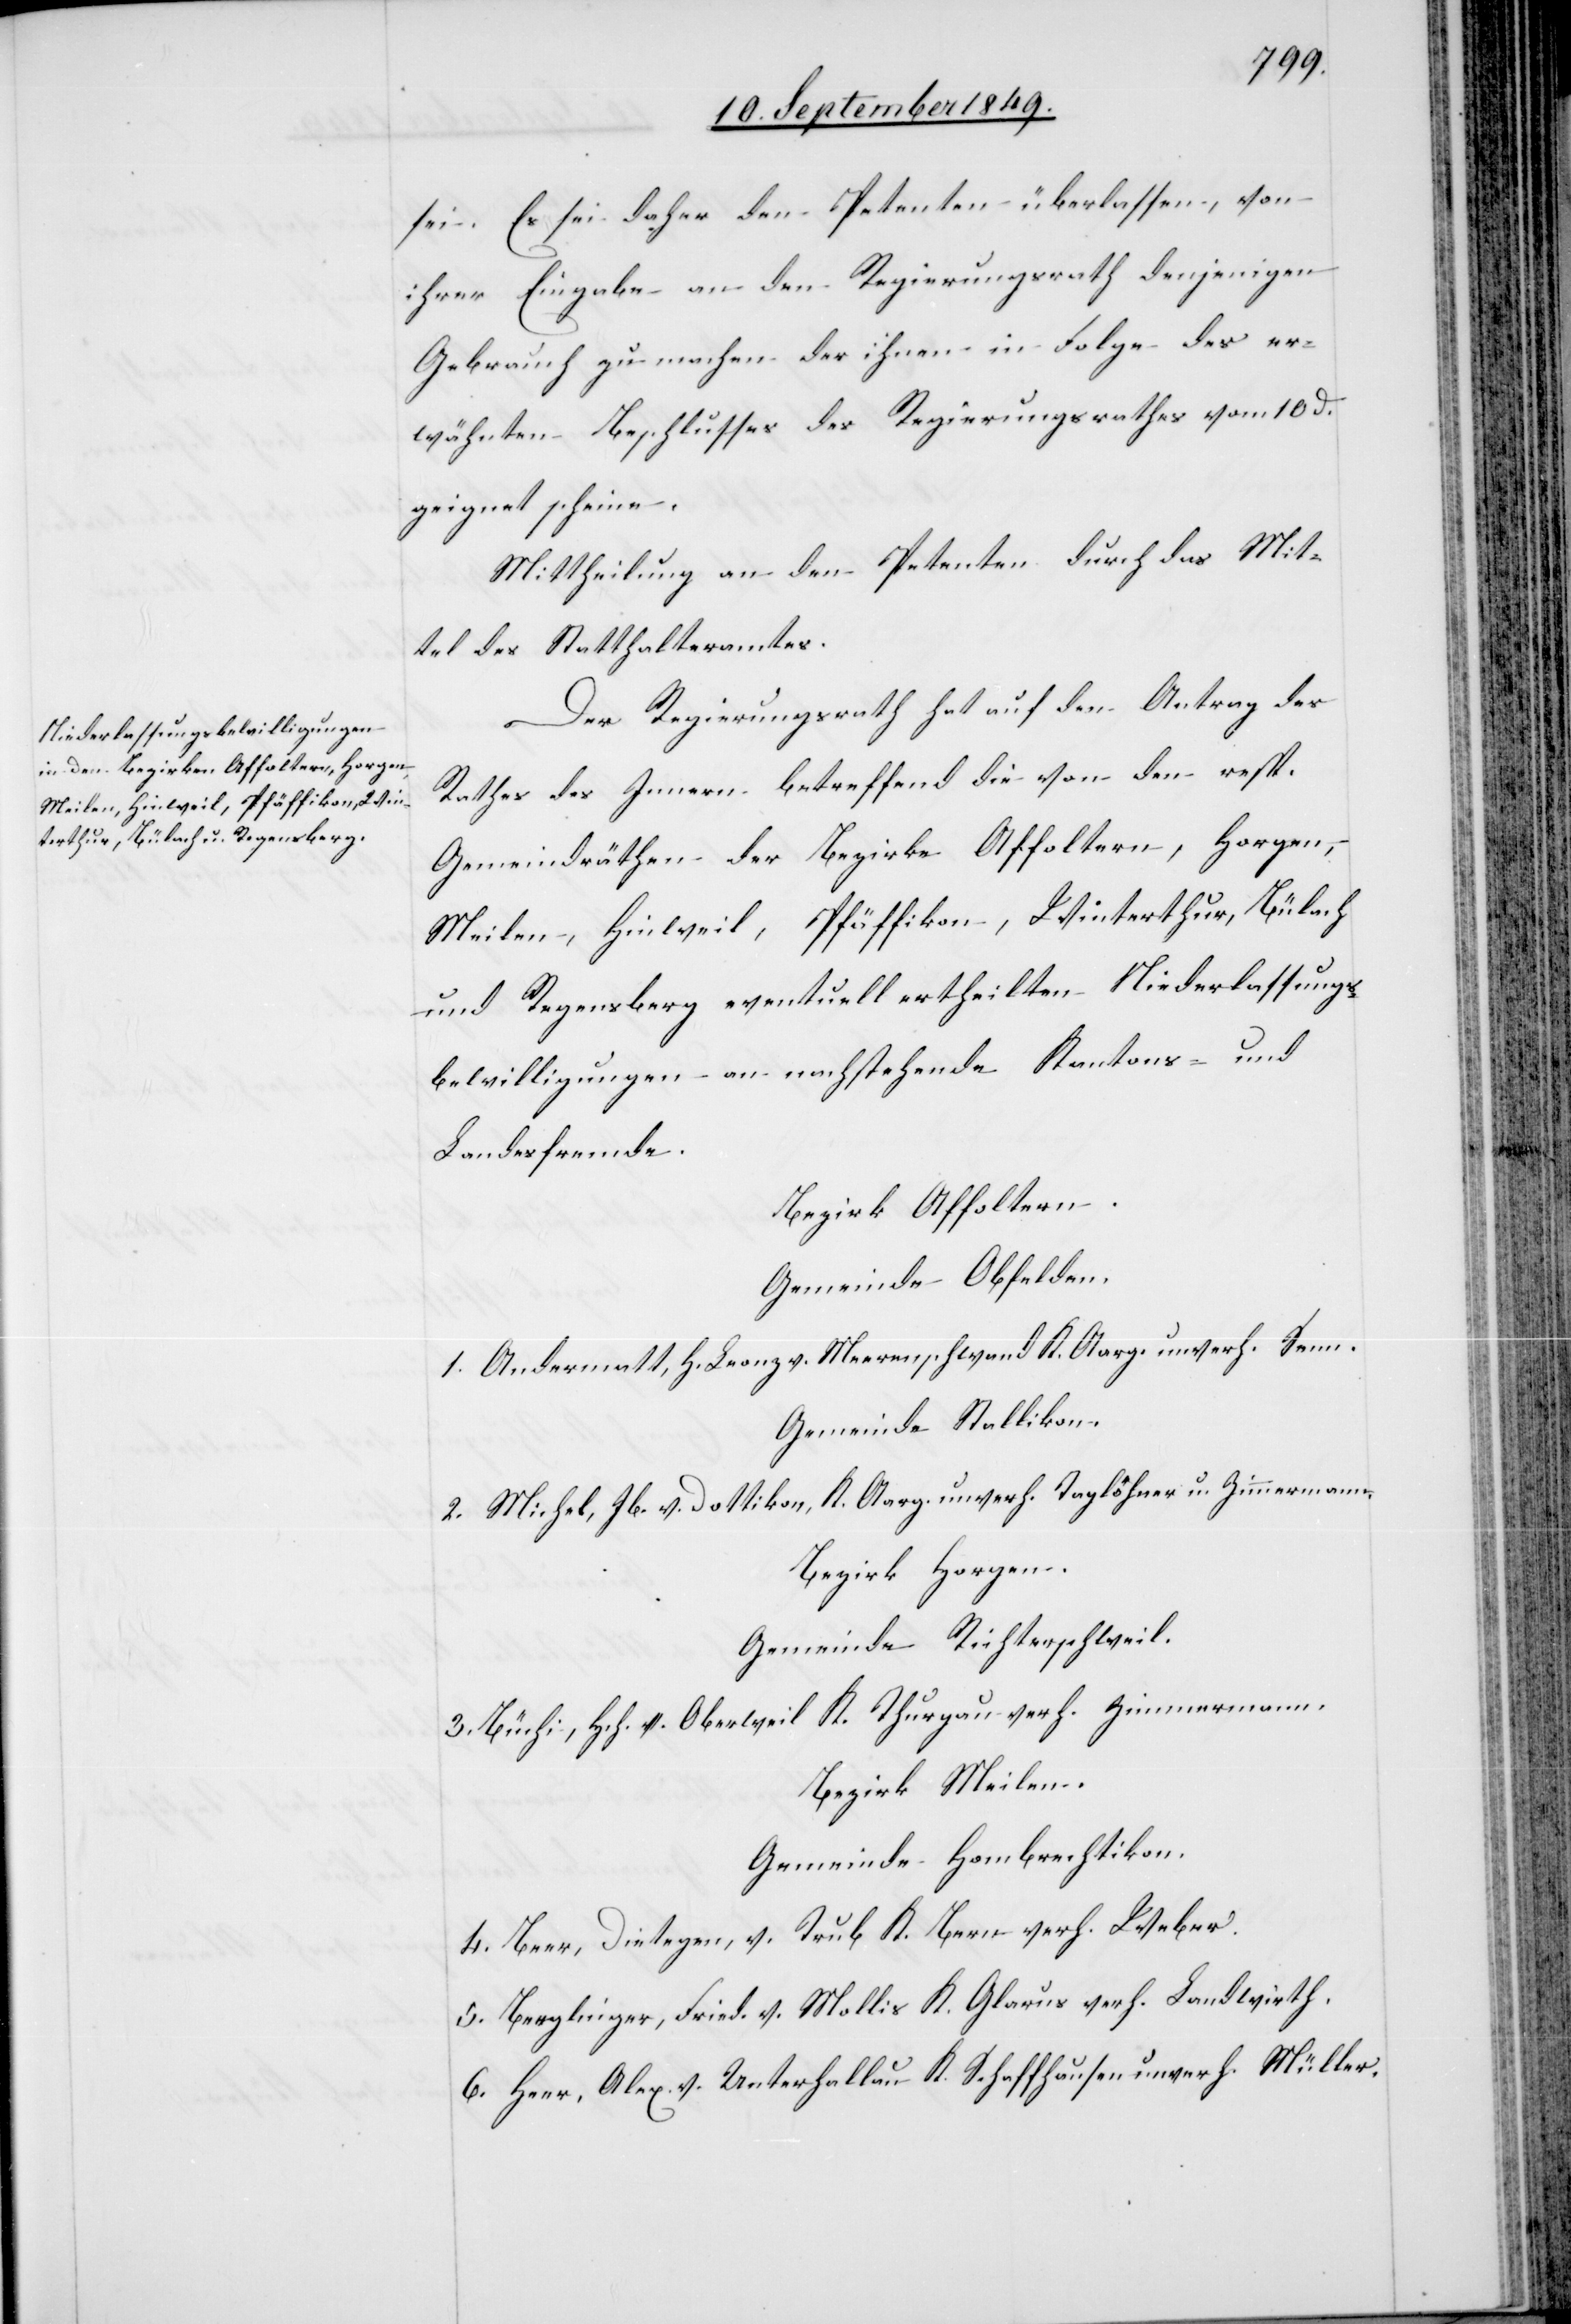
sei. Es sei daher den Petenten überlassen, von
ihrer Eingabe an den Regierungsrath denjenigen
Gebrauch zu machen der ihnen in Folge des er¬
wähnten Beschlusses des Regierungsrathes vom 10d.
geeignet scheine.
Mittheilung an den Petenten durch das Mit¬
tel des Statthalteramtes.
Der Regierungsrath hat auf den Antrag des
Rathes des Innern betreffend die von dem resp.
Gemeindräthen der Bezirke Affoltern, Horgen,
Meilen, Hinweil, Pfäffikon, Winterthur, Bülach
und Regensberg eventuell ertheilten Niederlassungs¬
bewilligungen an nachstehende Kantons- und
Landesfremde.
Bezirk Affoltern.
Gemeinde Obfelden.
1. Andermatt, H. Leonz v. Meerenschwand K. Aar. unverh. Senn.
Gemeinde Stellikon.
2. Michel, Jb. v. Dottikon, K. Aarg. unverh. Taglöhner u. Zimmermann
Bezirk Horgen.
Gemeinde Richterschweil.
3. Büchi, Hch. v. Oberweil K. Thurgau verh. Zimmermann,
Bezirk Meilen.
Gemeinde Hombrechtikon.
4. Beer, Dietegen, v. Trub K. Bern verh. Weber.
5. Berglinger, Fried. v. Mollis K. Glarus verh. Landwirth.
6. Heer, Alex. v. Unterhallau K. Schaffhausen unverh. Müller.